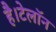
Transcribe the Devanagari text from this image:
है।टेलॉन